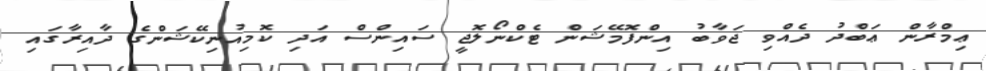
ޢިމްރާން ޢަބްދު ދެއްވި ޖަވާބު އިންފޮމޭޝަން ޓެކްނޯލޮޖީ ސައިންސް އަދި ކޮމިއުނިކޭޝަންގެ ދާއިރާގައި